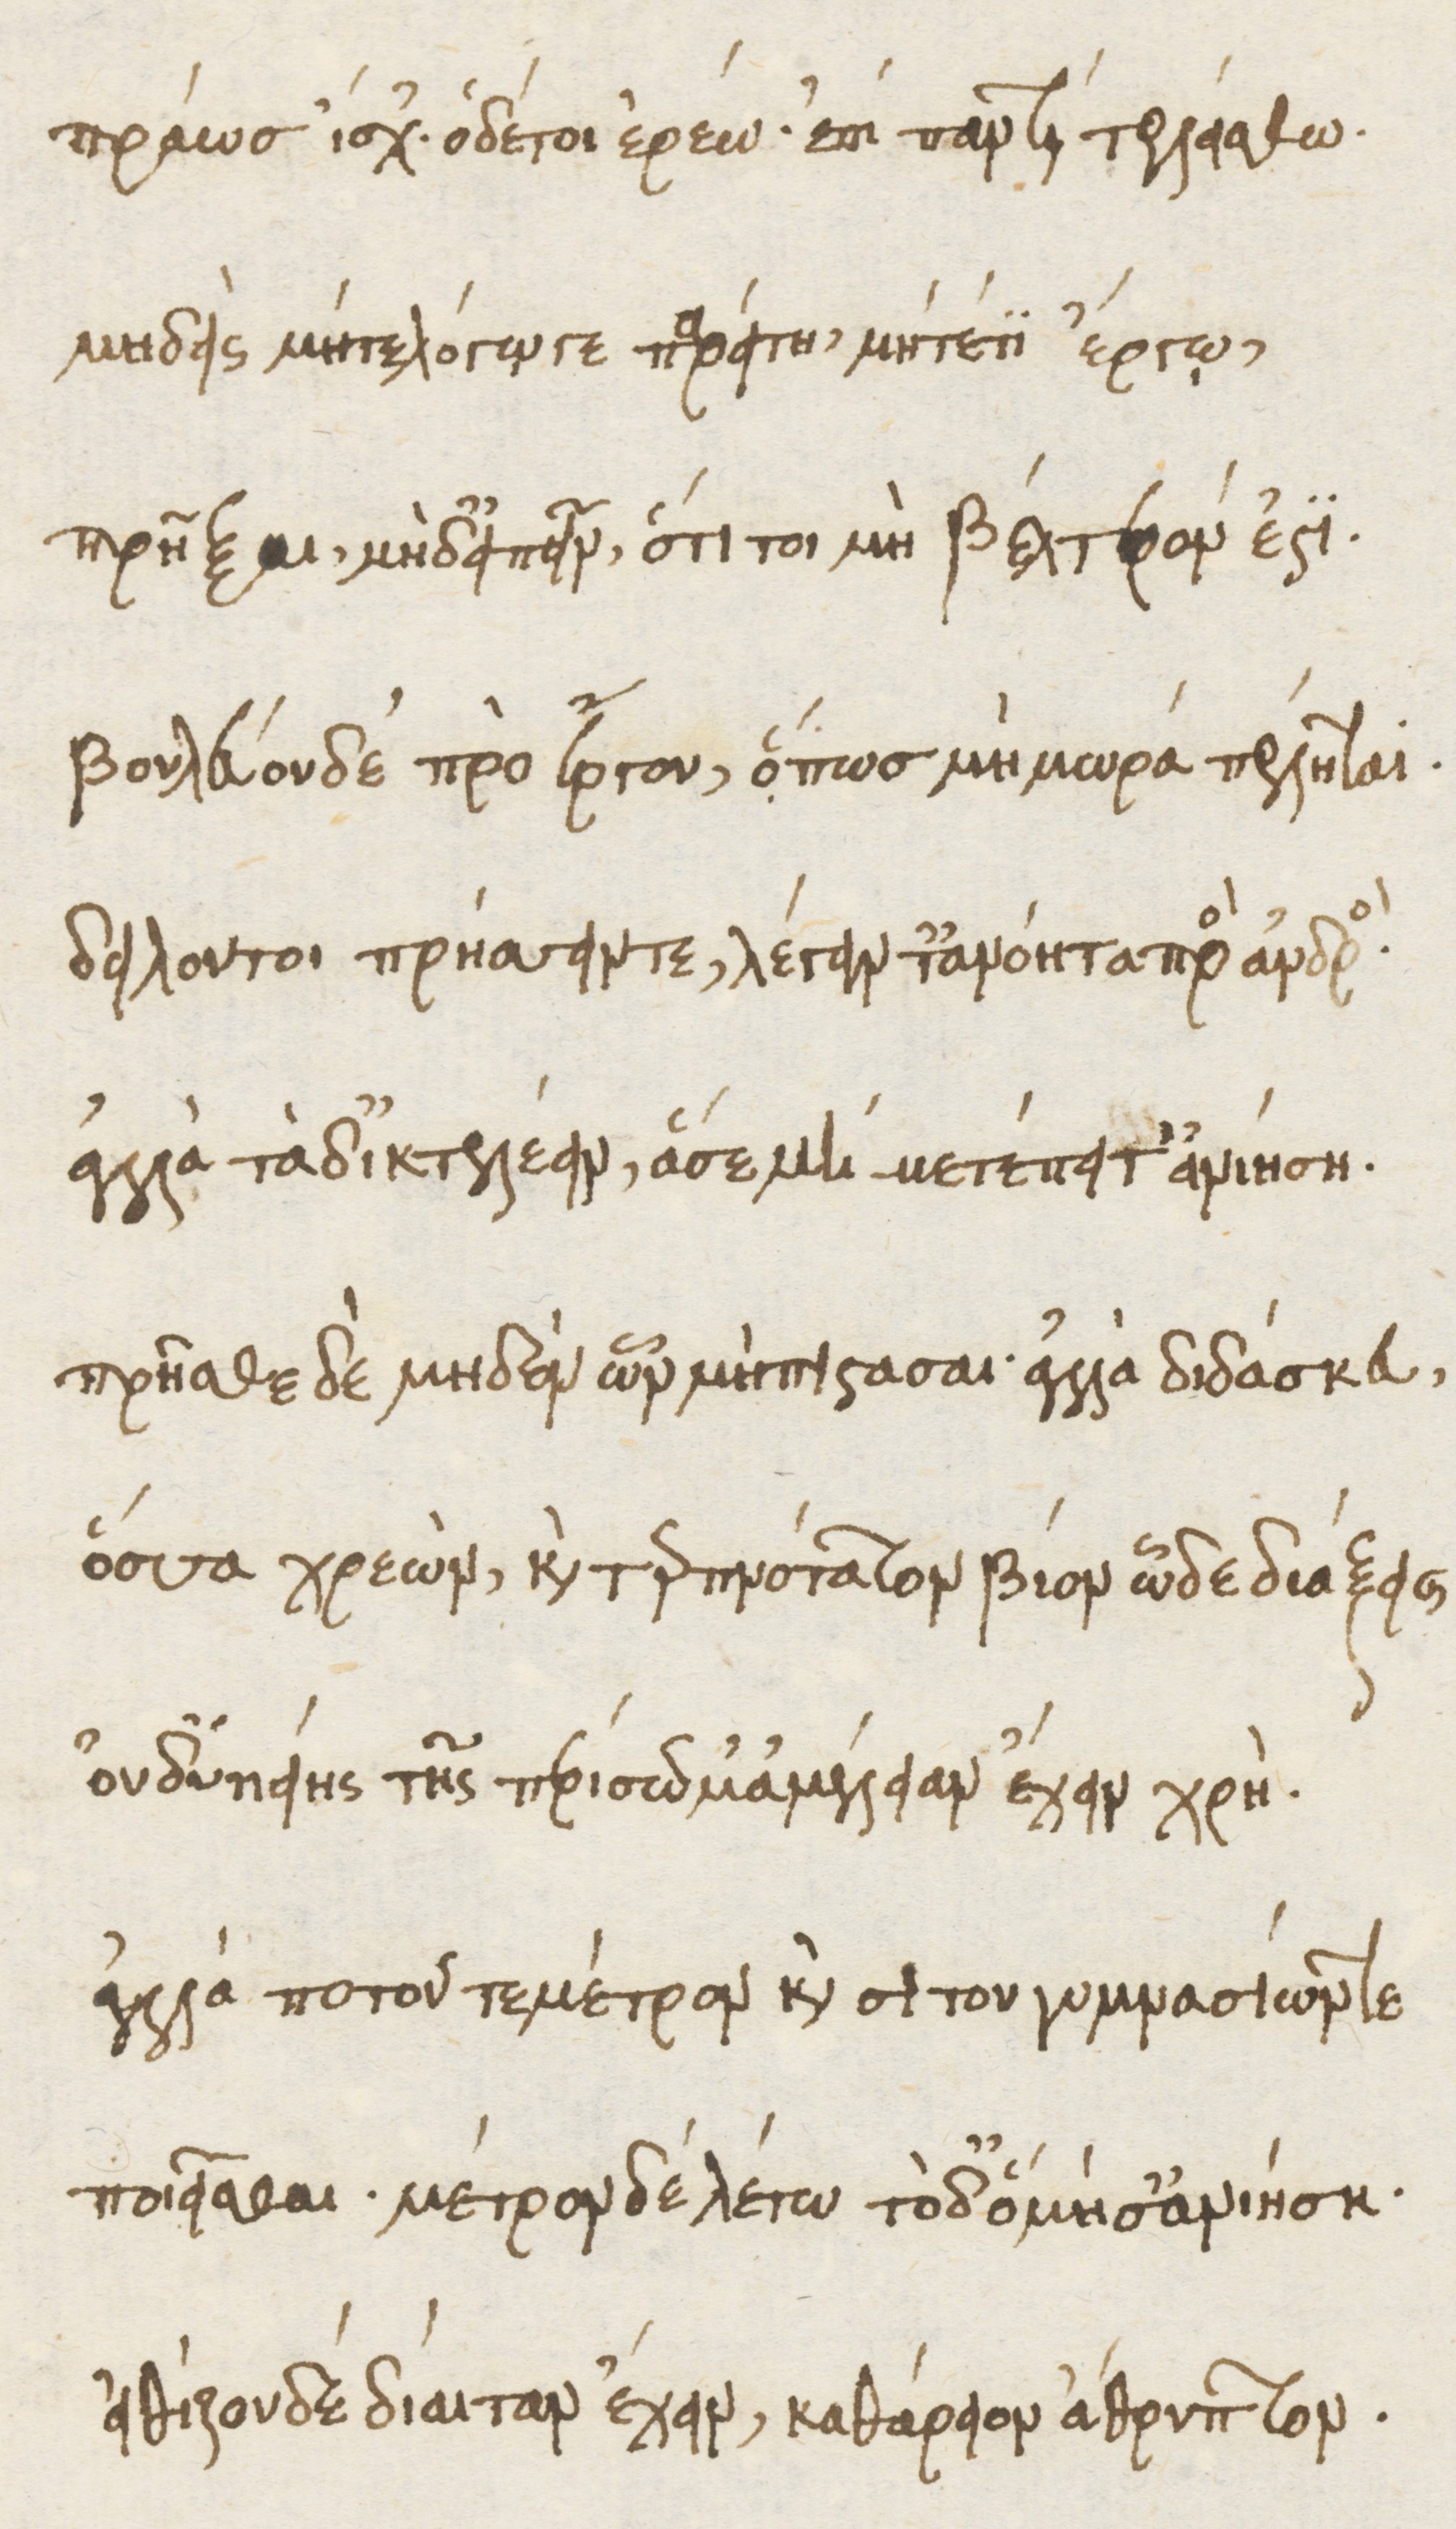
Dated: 1476–1506